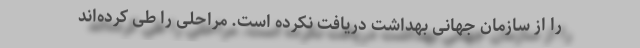
را از سازمان جهانی بهداشت دریافت نکرده است. مراحلی را طی کرده‌اند